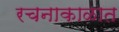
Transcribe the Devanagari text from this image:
रचनाकाळात